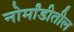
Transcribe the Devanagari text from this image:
नोर्मांडीतील